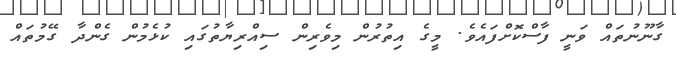
ގާނޫނުތައް ވަނީ ފާސްކޮށްފައެވެ. މީގެ އިތުރުން މިވެރިން ސިއްރިޔާތުގައި ކުޅެމުން ގެންދާ ގޭމުތައް